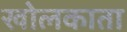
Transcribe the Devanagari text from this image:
खोलकाता